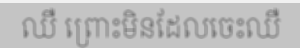
ឈឺ ព្រោះមិនដែលចេះឈឺ